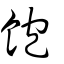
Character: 飽